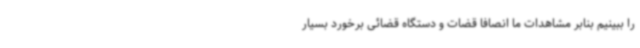
را ببینیم بنابر مشاهدات ما انصافاً قضات و دستگاه قضائی برخورد بسیار